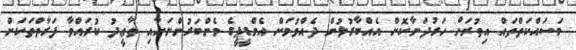
މަސައްކަތްތައް އިތުރަށް ހަރުދަނާކޮށް އެއްބާރުލުން ދެއްވުމަށް އެމްޑީޕީގެ މެންބަރުންނަށާއި ތާޢީދު ކުރައްވާ ފަރާތްތަކަށް